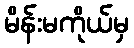
မိန်းမကိုယ်မှ